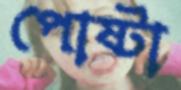
পোষ্টা